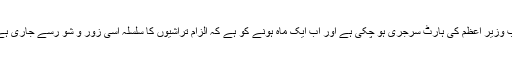
اب وزیر اعظم کی ہارٹ سرجری ہو چکی ہے اور اب ایک ماہ ہونے کو ہے کہ الزام تراشیوں کا سلسلہ اسی زور و شو رسے جاری ہے۔